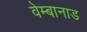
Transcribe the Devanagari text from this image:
वेम्बानाड